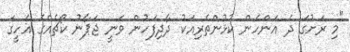
"މި ރަށުގަ ދެ އަންހެން ކުޅުންތެރިއަކު ދާދިފަހުން ވަނީ ޖަޕާނު ކޯޗެއްގެ އެހީގަ